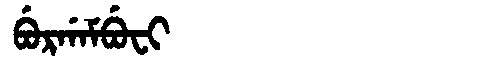
Manchu: ᠪᡠᡵᡤᠠᠮᠪᡠᠸᡳ
Romanization: BURGAMBUFI